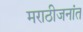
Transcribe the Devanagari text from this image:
मराठीजनांत